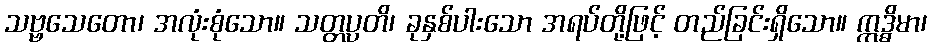
သဗ္ဗသေတော၊ အလုံးစုံသော။ သတ္တပ္ပတိ၊ ခုနှစ်ပါးသော အရပ်တို့ဖြင့် တည်ခြင်းရှိသော။ ဣဒ္ဓိမာ၊